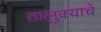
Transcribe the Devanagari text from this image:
तालुक्याचें